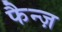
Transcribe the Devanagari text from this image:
फैन्ज़